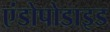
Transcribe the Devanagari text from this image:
एंडोपोडाइड